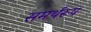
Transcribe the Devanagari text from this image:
समर्थरूप